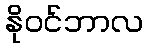
နိုဝင်ဘာလ